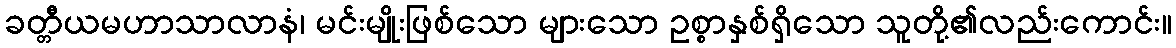
ခတ္တီယမဟာသာလာနံ၊ မင်းမျိုးဖြစ်သော များသော ဥစ္စာနှစ်ရှိသော သူတို့၏လည်းကောင်း။